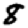
Digit: 8